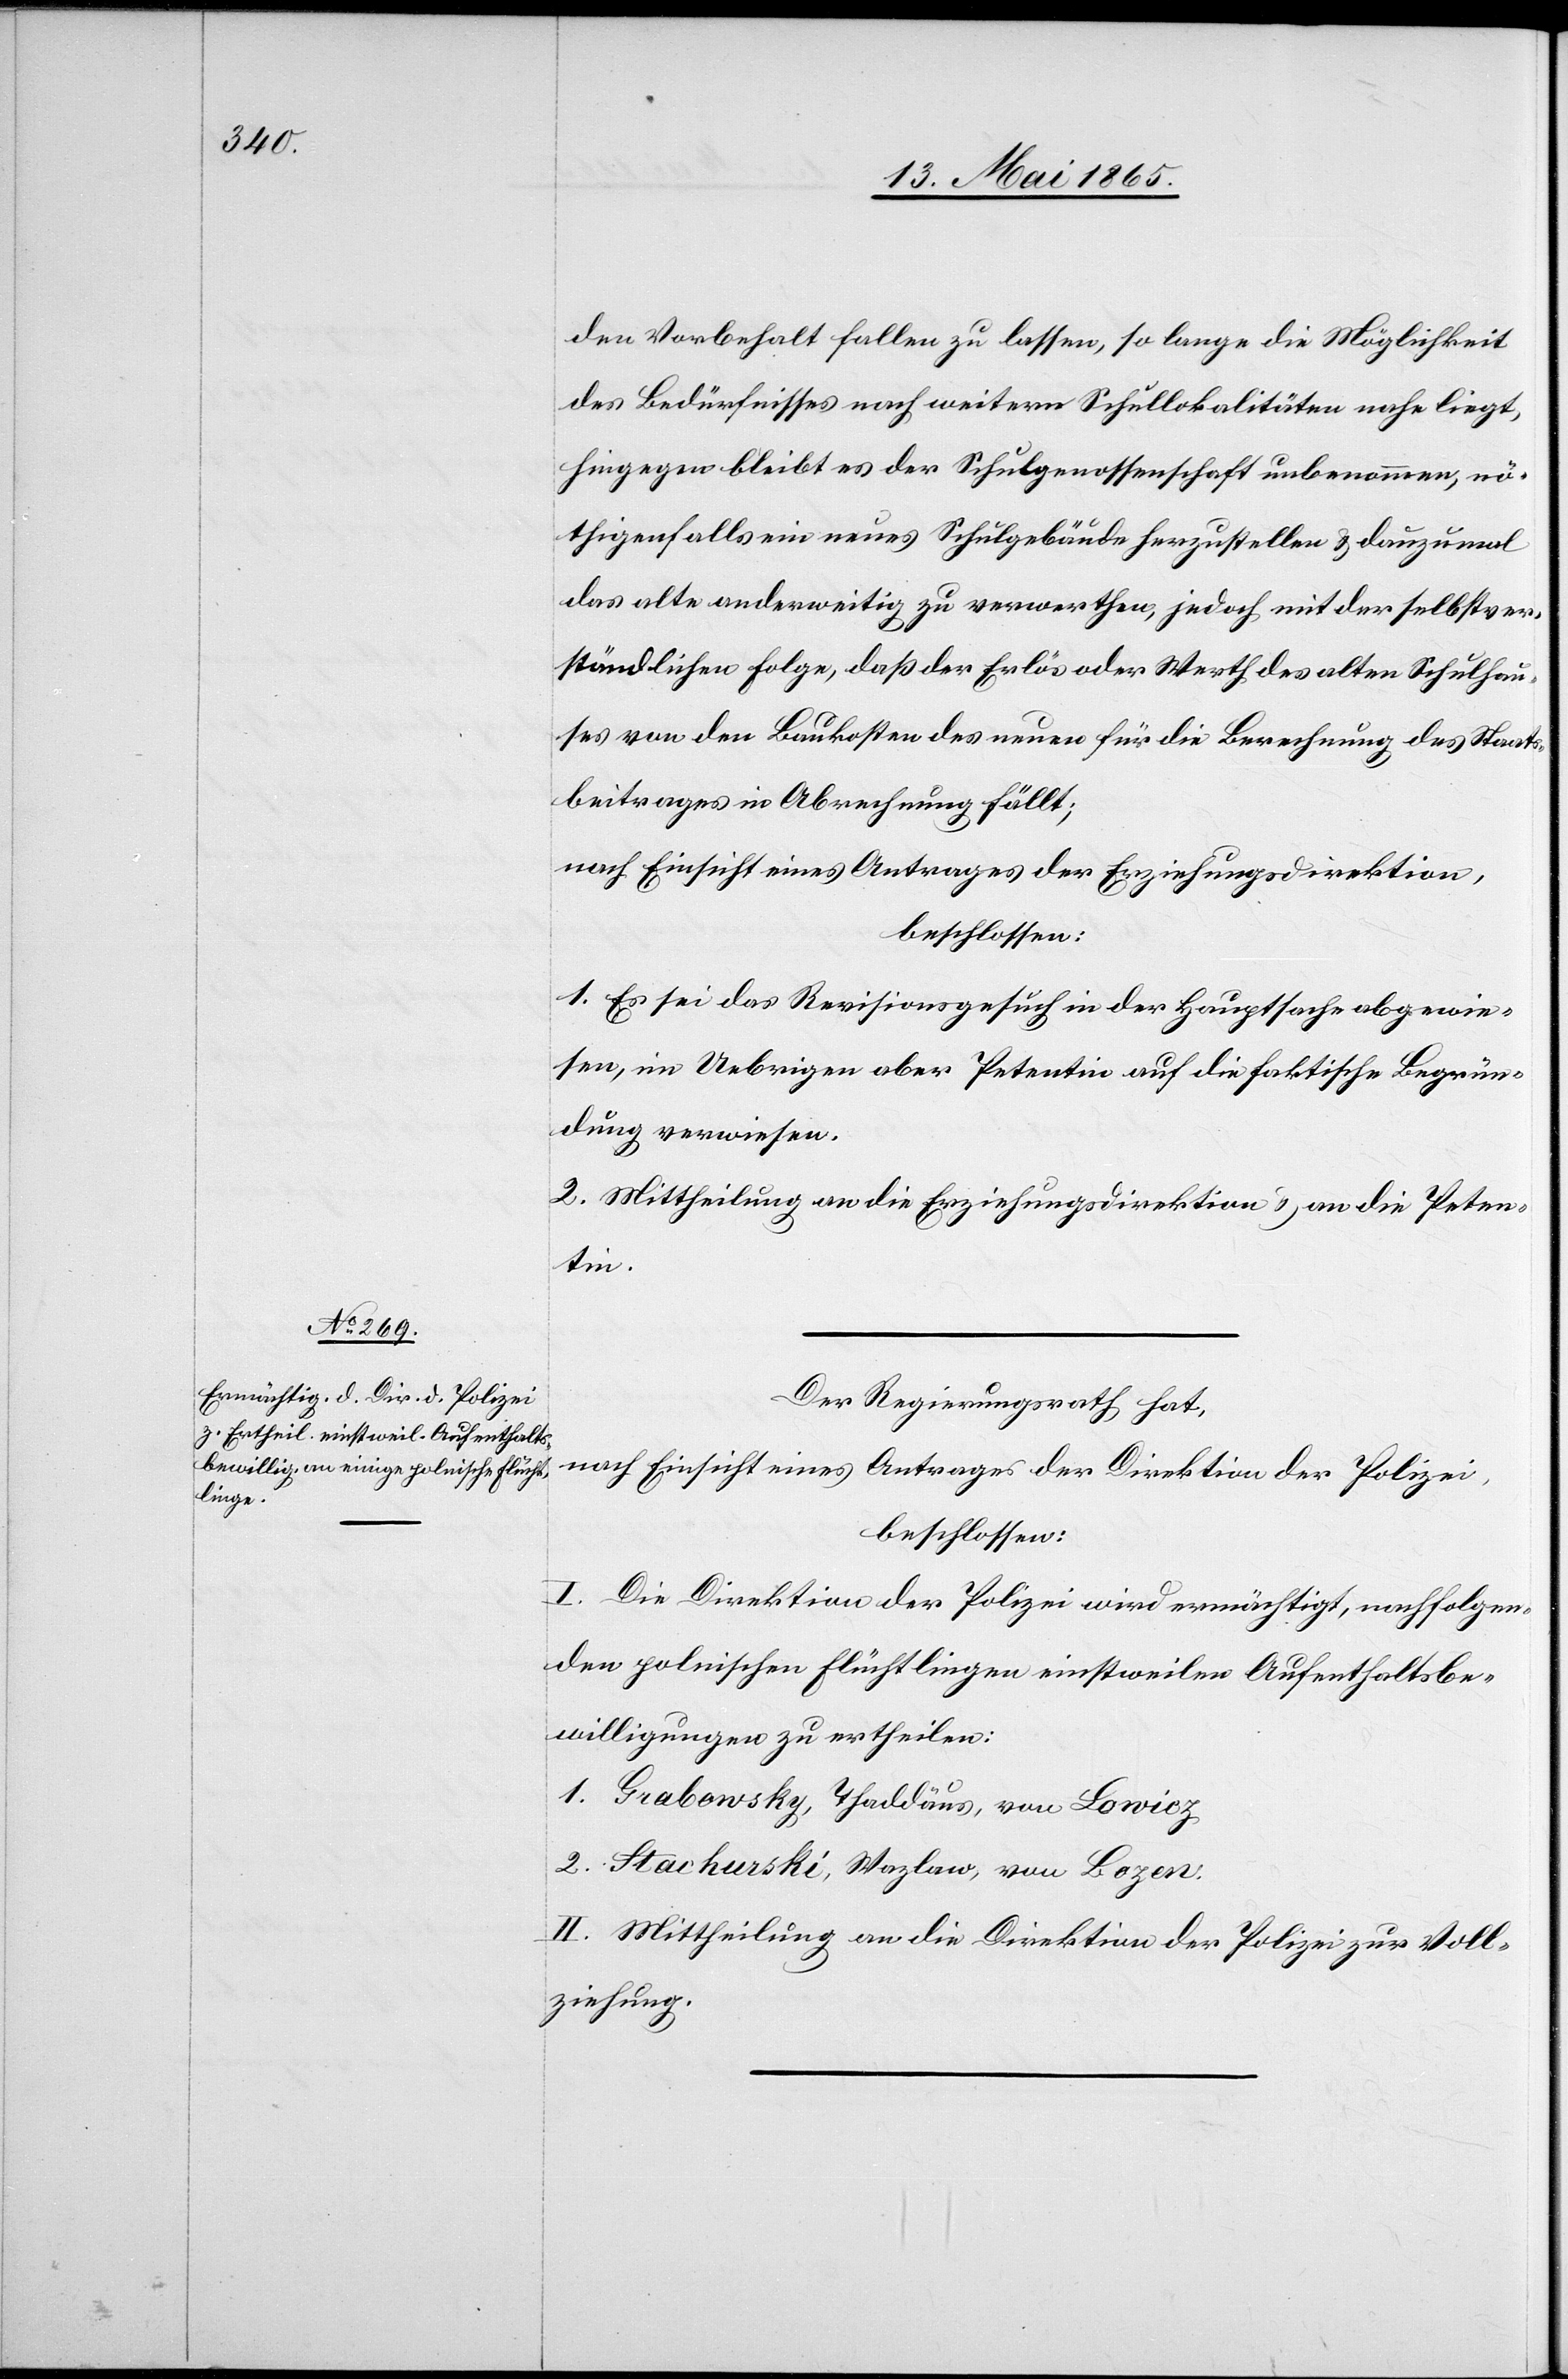
den Vorbehalt fallen zu lassen, so lange die Möglichkeit
des Bedürfnisses nach weitern Schullokalitäten nahe liegt,
hingegen bleibt es der Schulgenossenschaft unbenommen, nö¬
thigenfalls ein neues Schulgebäude herzustellen & dannzumal
das alte anderweitig zu verwerthen, jedoch mit der selbstver¬
ständlichen Folge, daß der Erlös oder Werth des alten Schulhau¬
ses von den Baukosten des neuen für die Berechnung des Staats¬
beitrages in Abrechnung fällt;
nach Einsicht eines Antrages der Erziehungsdirektion,
beschlossen:
1. Es sei das Revisionsgesuch in der Hauptsache abgewie¬
sen, im Uebrigen aber Petentin auf die faktische Begrün¬
dung verwiesen.
2. Mittheilung an die Erziehungsdirektion & an die Peten¬
tin.
Der Regierungsrath hat,
nach Einsicht eines Antrages der Direktion der Polizei,
beschlossen:
I. Die Direktion der Polizei wird ermächtigt, nachfolgen¬
den polnischen Flüchtlingen einstweilen Aufenthaltsbe¬
willigungen zu ertheilen:
1. Grabowsky, Thaddäus, von Lowicz
2. Stachurski, Wazlaw, von Bozen.
II. Mittheilung an die Direktion der Polizei zur Voll¬
ziehung.